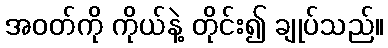
အဝတ်ကို ကိုယ်နဲ့ တိုင်း၍ ချုပ်သည်။